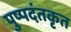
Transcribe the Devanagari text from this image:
पुष्पदंतकृत